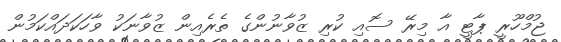
ޖުމްހޫރީ ޕާޓީ އާ މިރޭ ސޮއި ކުރި ޒުވާނުންގެ ތެރެއިން ޒުވާނަކު ވާހަކަދައްކަމުން